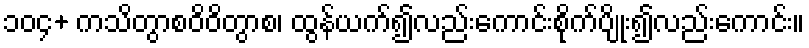
၁၀၄+ ကသိတွာစဝိဝိတွာစ၊ ထွန်ယက်၍လည်းကောင်းစိုက်ပျိုး၍လည်းကောင်း။